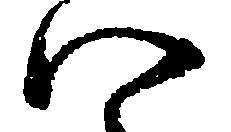
い